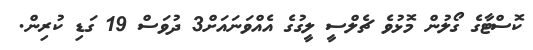
ކޮސްޓާގެ ގޯލުން މޮޅުވެ ޗެލްސީ ލީގުގެ އެއްވަނައަށް3 ދުވަސް 19 ގަޑި ކުރިން.